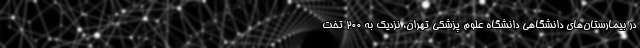
در بیمارستان‌های دانشگاهی دانشگاه علوم پزشکی تهران، نزدیک به ۲۰۰ تخت